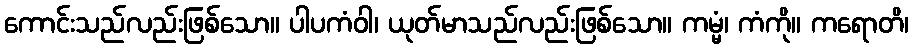
ကောင်းသည်လည်းဖြစ်သော။ ပါပကံဝါ၊ ယုတ်မာသည်လည်းဖြစ်သော။ ကမ္မံ၊ ကံကို။ ကရောတိ၊